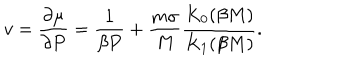
v = \frac { \partial \mu } { \partial P } = \frac { 1 } { \beta P } + \frac { m \sigma } { M } \frac { K _ { 0 } ( \beta M ) } { K _ { 1 } ( \beta M ) } .